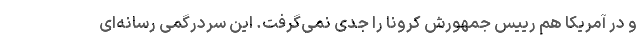
و در آمریکا هم رییس جمهورش کرونا را جدی نمی‌گرفت. این سردرگمی رسانه‌ای